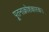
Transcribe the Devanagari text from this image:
पूतनाक्रोशकारकः।